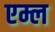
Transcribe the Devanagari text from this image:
एम्ल